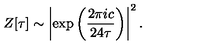
Z [ \tau ] \sim \left| \exp \left( { \frac { 2 \pi i c } { 2 4 \tau } } \right) \right| ^ { 2 } .